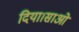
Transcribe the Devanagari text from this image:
दिया।साओ